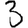
Digit: 3